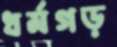
ধর্মগড়